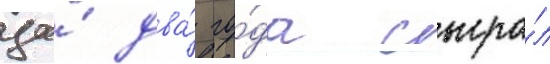
за́ два́ го́да сыгра́л